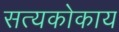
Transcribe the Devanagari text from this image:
सत्यकोकाय